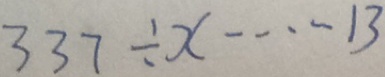
3 3 7 \div x \cdots 1 3